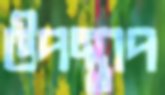
উপস্থাপ